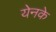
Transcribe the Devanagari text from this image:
येनके